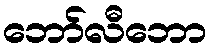
ဘော်လီဘော